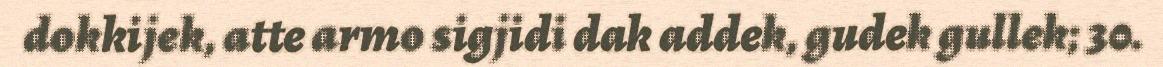
dokkijek, atte armo sigjidi dak addek, gudek gullek; 30.